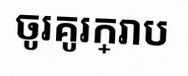
ចូរគូរក្រាប